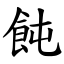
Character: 飩